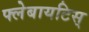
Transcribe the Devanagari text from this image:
फ्लेबायटिस्